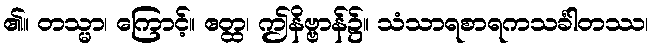
၏။ တသ္မာ၊ ကြောင့်။ ဧတ္ထ၊ ဤနိဗ္ဗာန်၌။ သံသာရစာရကသင်္ခါတဿ၊